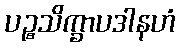
ပဉ္စသိက္ခာပဒါနဟံ